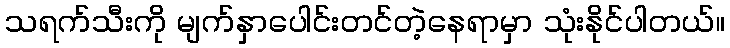
သရက်သီးကို မျက်နှာပေါင်းတင်တဲ့နေရာမှာ သုံးနိုင်ပါတယ်။